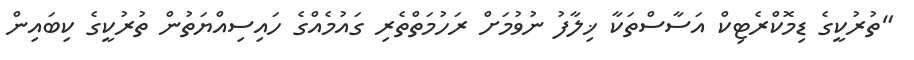
"ތުރުކީގެ ޑިމޮކްރެޓިކް އަސާސްތަކާ ޚިލާފު ނުވުމަށް ރަހުމަތްތެރި ގައުމެއްގެ ހައިސިއްޔަތުން ތުރުކީގެ ކިބައިން